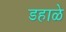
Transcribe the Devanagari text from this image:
डहाळे